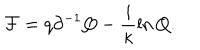
{ \cal F } = q \partial ^ { - 1 } Q - \frac { i } { \kappa } \ln Q .